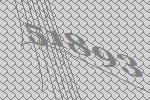
51893